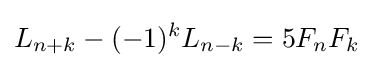
L_{n+k}-(-1)^{k}L_{n-k}=5F_{n}F_{k}